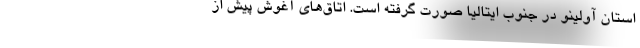
استان آولینو در جنوب ایتالیا صورت گرفته است. اتاق‌های آغوش پیش از